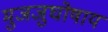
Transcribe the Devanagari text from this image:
मुजजुघोषाय